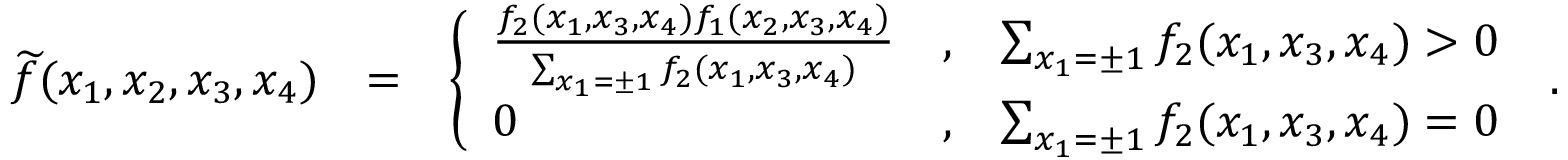
\begin{array} { r l r } { { \widetilde f } ( x _ { 1 } , x _ { 2 } , x _ { 3 } , x _ { 4 } ) } & { = } & { \left\{ \begin{array} { l c l } { \frac { f _ { 2 } ( x _ { 1 } , x _ { 3 } , x _ { 4 } ) f _ { 1 } ( x _ { 2 } , x _ { 3 } , x _ { 4 } ) } { \sum _ { x _ { 1 } = \pm 1 } f _ { 2 } ( x _ { 1 } , x _ { 3 } , x _ { 4 } ) } } & { , } & { \sum _ { x _ { 1 } = \pm 1 } f _ { 2 } ( x _ { 1 } , x _ { 3 } , x _ { 4 } ) > 0 } \\ { 0 } & { , } & { \sum _ { x _ { 1 } = \pm 1 } f _ { 2 } ( x _ { 1 } , x _ { 3 } , x _ { 4 } ) = 0 } \end{array} \right. \; . } \end{array}